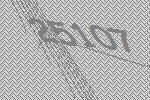
25107